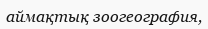
аймақтық зоогеография,